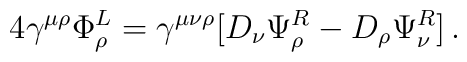
4 \gamma^{\mu \rho} \Phi_{\rho}^L = \gamma^{\mu \nu \rho} [D_{\nu}\Psi_{\rho}^R - D_{\rho}\Psi_{\nu}^R] \, .